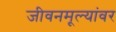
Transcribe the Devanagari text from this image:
जीवनमूल्यांवर